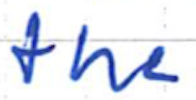
Text: the
Cross-out: clean
Writing tool: ballpoint